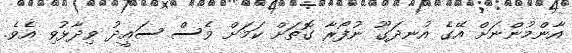
އާންމުންނަށް އޭގެ އުނދަގޫ ނުފޯރާ ގޮތަށް ކަމަށް ވެސް ސައީދު ވިދާޅުވި އެވެ.